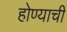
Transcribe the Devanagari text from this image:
होण्याचीं